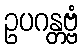
ဥပဂန္တဗ္ဗံ